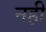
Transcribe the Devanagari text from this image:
नह़ी